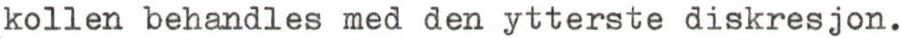
kollen behandles med den ytterste diskresjon.